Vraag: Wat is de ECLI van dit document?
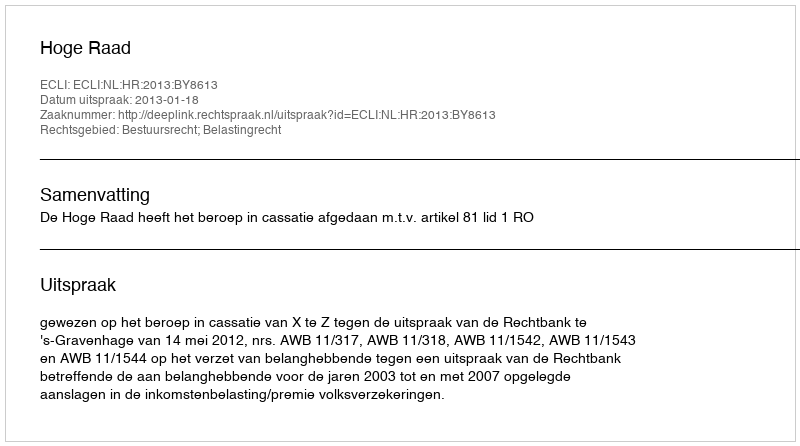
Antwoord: ECLI:NL:HR:2013:BY8613